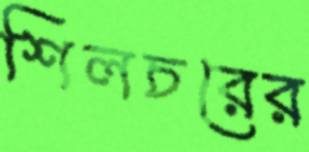
শিলচরের